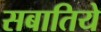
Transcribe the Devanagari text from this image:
सबातिये